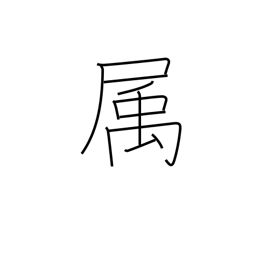
Meaning: affiliated